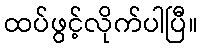
ထပ်ဖွင့်လိုက်ပါပြီ။